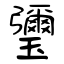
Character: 瓕